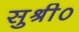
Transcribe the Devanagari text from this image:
सुश्री०